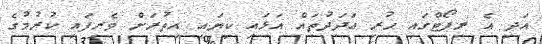
އަދި އެ ރިޕޯޓްގައި ހުރި އަދަދުތައް އަޅައި ކިޔައި އިތުރަށް ވެރިފައި ކުރުމުގެ